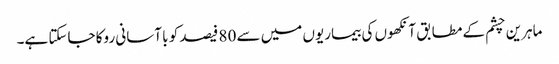
ماہرین چشم کے مطابق آنکھوں کی بیماریوں میں سے 80 فیصد کو با آسانی روکا جاسکتا ہے۔